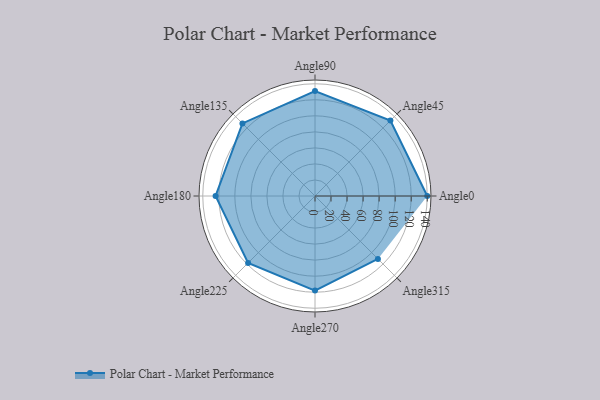
{"axis": {"x": "Angle", "y": "Radius"}, "legend": [""], "data": [{"x": "Angle0", "y": 140.0, "type": ""}, {"x": "Angle45", "y": 133.0, "type": ""}, {"x": "Angle90", "y": 131.0, "type": ""}, {"x": "Angle135", "y": 128.0, "type": ""}, {"x": "Angle180", "y": 124.0, "type": ""}, {"x": "Angle225", "y": 118.0, "type": ""}, {"x": "Angle270", "y": 118.0, "type": ""}, {"x": "Angle315", "y": 111.0, "type": ""}]}